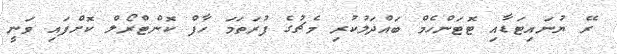
ރޭ ޔުނައިޓަޑާއި ޓޮޓަންހެމް ބައްދަލުކުރި މެޗުގެ ފުރަތަމަ ހާފް ކޮންޓްރޯލް ކޮށްފައި ވަނީ